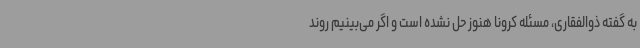
به گفته ذوالفقاری، مسئله کرونا هنوز حل نشده است و اگر می‌بینیم روند